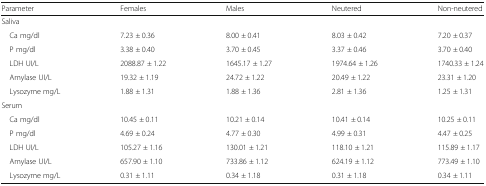
<table><thead><tr><td><b>Parameter</b></td><td><b>Females</b></td><td><b>Males</b></td><td><b>Neutered</b></td><td><b>Non-neutered</b></td></tr></thead><tbody><tr><td colspan="5">Saliva</td></tr><tr><td> Ca mg/dl</td><td>7.23 ± 0.36</td><td>8.00 ± 0.41</td><td>8.03 ± 0.42</td><td>7.20 ± 0.37</td></tr><tr><td> P mg/dl</td><td>3.38 ± 0.40</td><td>3.70 ± 0.45</td><td>3.37 ± 0.46</td><td>3.70 ± 0.40</td></tr><tr><td> LDH UI/L</td><td>2088.87 ± 1.22</td><td>1645.17 ± 1.27</td><td>1974.64 ± 1.26</td><td>1740.33 ± 1.24</td></tr><tr><td> Amylase UI/L</td><td>19.32 ± 1.19</td><td>24.72 ± 1.22</td><td>20.49 ± 1.22</td><td>23.31 ± 1.20</td></tr><tr><td> Lysozyme mg/L</td><td>1.88 ± 1.31</td><td>1.88 ± 1.36</td><td>2.81 ± 1.36</td><td>1.25 ± 1.31</td></tr><tr><td colspan="5">Serum</td></tr><tr><td> Ca mg/dl</td><td>10.45 ± 0.11</td><td>10.21 ± 0.14</td><td>10.41 ± 0.14</td><td>10.25 ± 0.11</td></tr><tr><td> P mg/dl</td><td>4.69 ± 0.24</td><td>4.77 ± 0.30</td><td>4.99 ± 0.31</td><td>4.47 ± 0.25</td></tr><tr><td> LDH UI/L</td><td>105.27 ± 1.16</td><td>130.01 ± 1.21</td><td>118.10 ± 1.21</td><td>115.89 ± 1.17</td></tr><tr><td> Amylase UI/L</td><td>657.90 ± 1.10</td><td>733.86 ± 1.12</td><td>624.19 ± 1.12</td><td>773.49 ± 1.10</td></tr><tr><td> Lysozyme mg/L</td><td>0.31 ± 1.11</td><td>0.34 ± 1.18</td><td>0.31 ± 1.18</td><td>0.34 ± 1.11</td></tr></tbody></table>